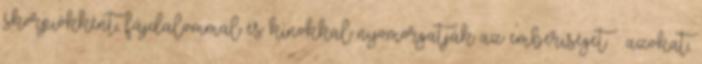
skorpiókként, fájdalommal és kínokkal nyomorgatják az emberiséget – azokat,